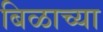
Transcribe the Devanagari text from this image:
बिळाच्या